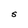
Character: S